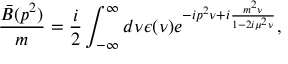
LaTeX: \frac { \bar { B } ( p ^ { 2 } ) } { m } = \frac { i } { 2 } \int _ { - \infty } ^ { \infty } d \nu \epsilon ( \nu ) e ^ { - i p ^ { 2 } \nu + i { \frac { m ^ { 2 } \nu } { 1 - 2 i \mu ^ { 2 } \nu } } } ,